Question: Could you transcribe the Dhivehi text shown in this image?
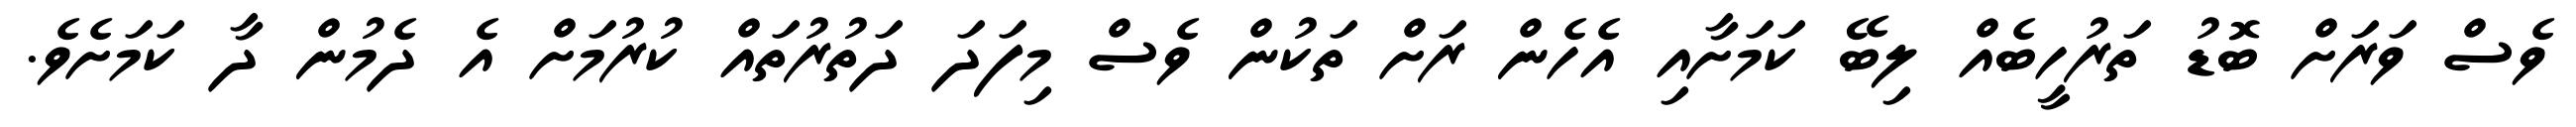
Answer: ވެސް ވަރަށް ބޮޑު ތަރުހީބެއް ލިބޭ ކަމަށާއި އެހެން ރަށް ތަކުން ވެސް މިފަދަ ދަތުރުތައް ކުރުމަށް އެ ދެމުން ދާ ކަމަށެވެ.